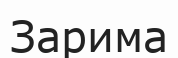
Зарима